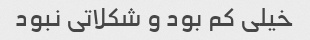
خیلی کم بود و شکلاتی نبود